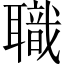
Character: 職